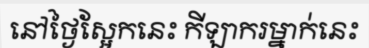
នៅថ្ងៃស្អែកនេះ កីឡាករម្នាក់នេះ